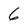
Character: 6